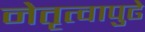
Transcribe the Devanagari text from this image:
नेतृत्वापुढे